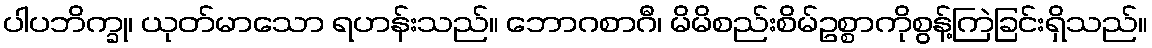
ပါပဘိက္ခု၊ ယုတ်မာသော ရဟန်းသည်။ ဘောဂစာဂီ၊ မိမိစည်းစိမ်ဥစ္စာကိုစွန့်ကြဲခြင်းရှိသည်။